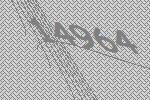
14964